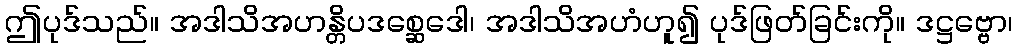
ဤပုဒ်သည်။ အဒါသိအဟန္တိပဒစ္ဆေဒေါ၊ အဒါသိအဟံဟူ၍ ပုဒ်ဖြတ်ခြင်းကို။ ဒဋ္ဌဗ္ဗော၊